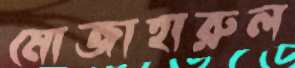
মোজাহারুল